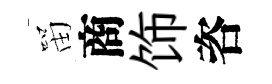
㽞商饰咨